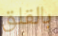
بالقلق